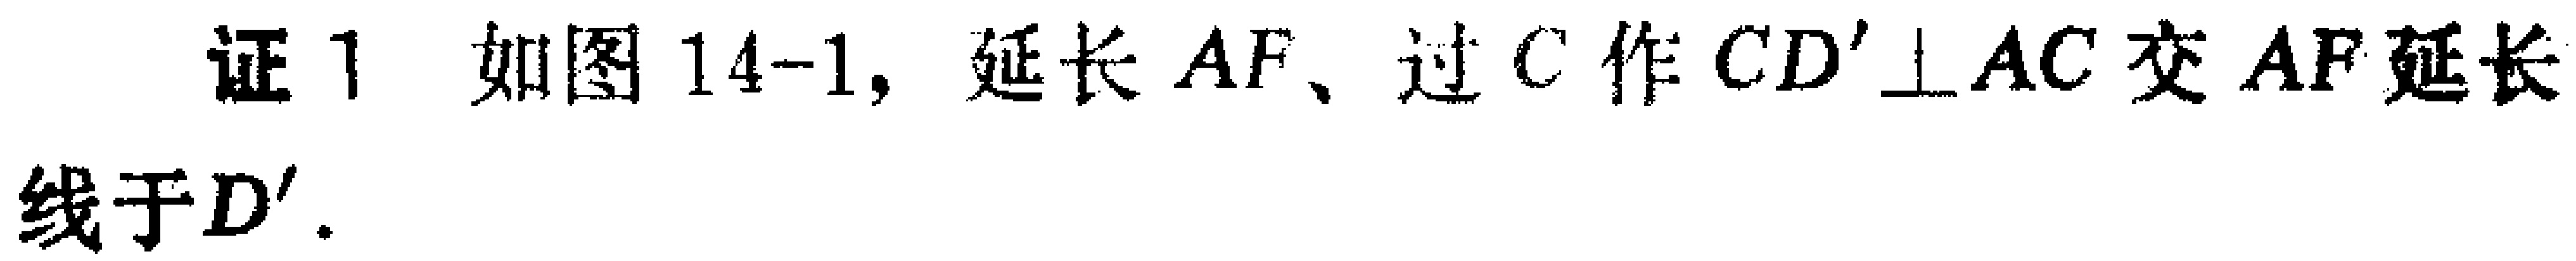
证1 如图14-1, 延长 \(AF\)、过 \(C\) 作 \(CD'\perp AC\) 交 \(AF\) 延长线于 \(D'\).